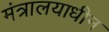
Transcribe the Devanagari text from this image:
मंत्रालयाधीन